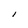
Character: I